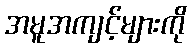
အမူအကျင့်များကို